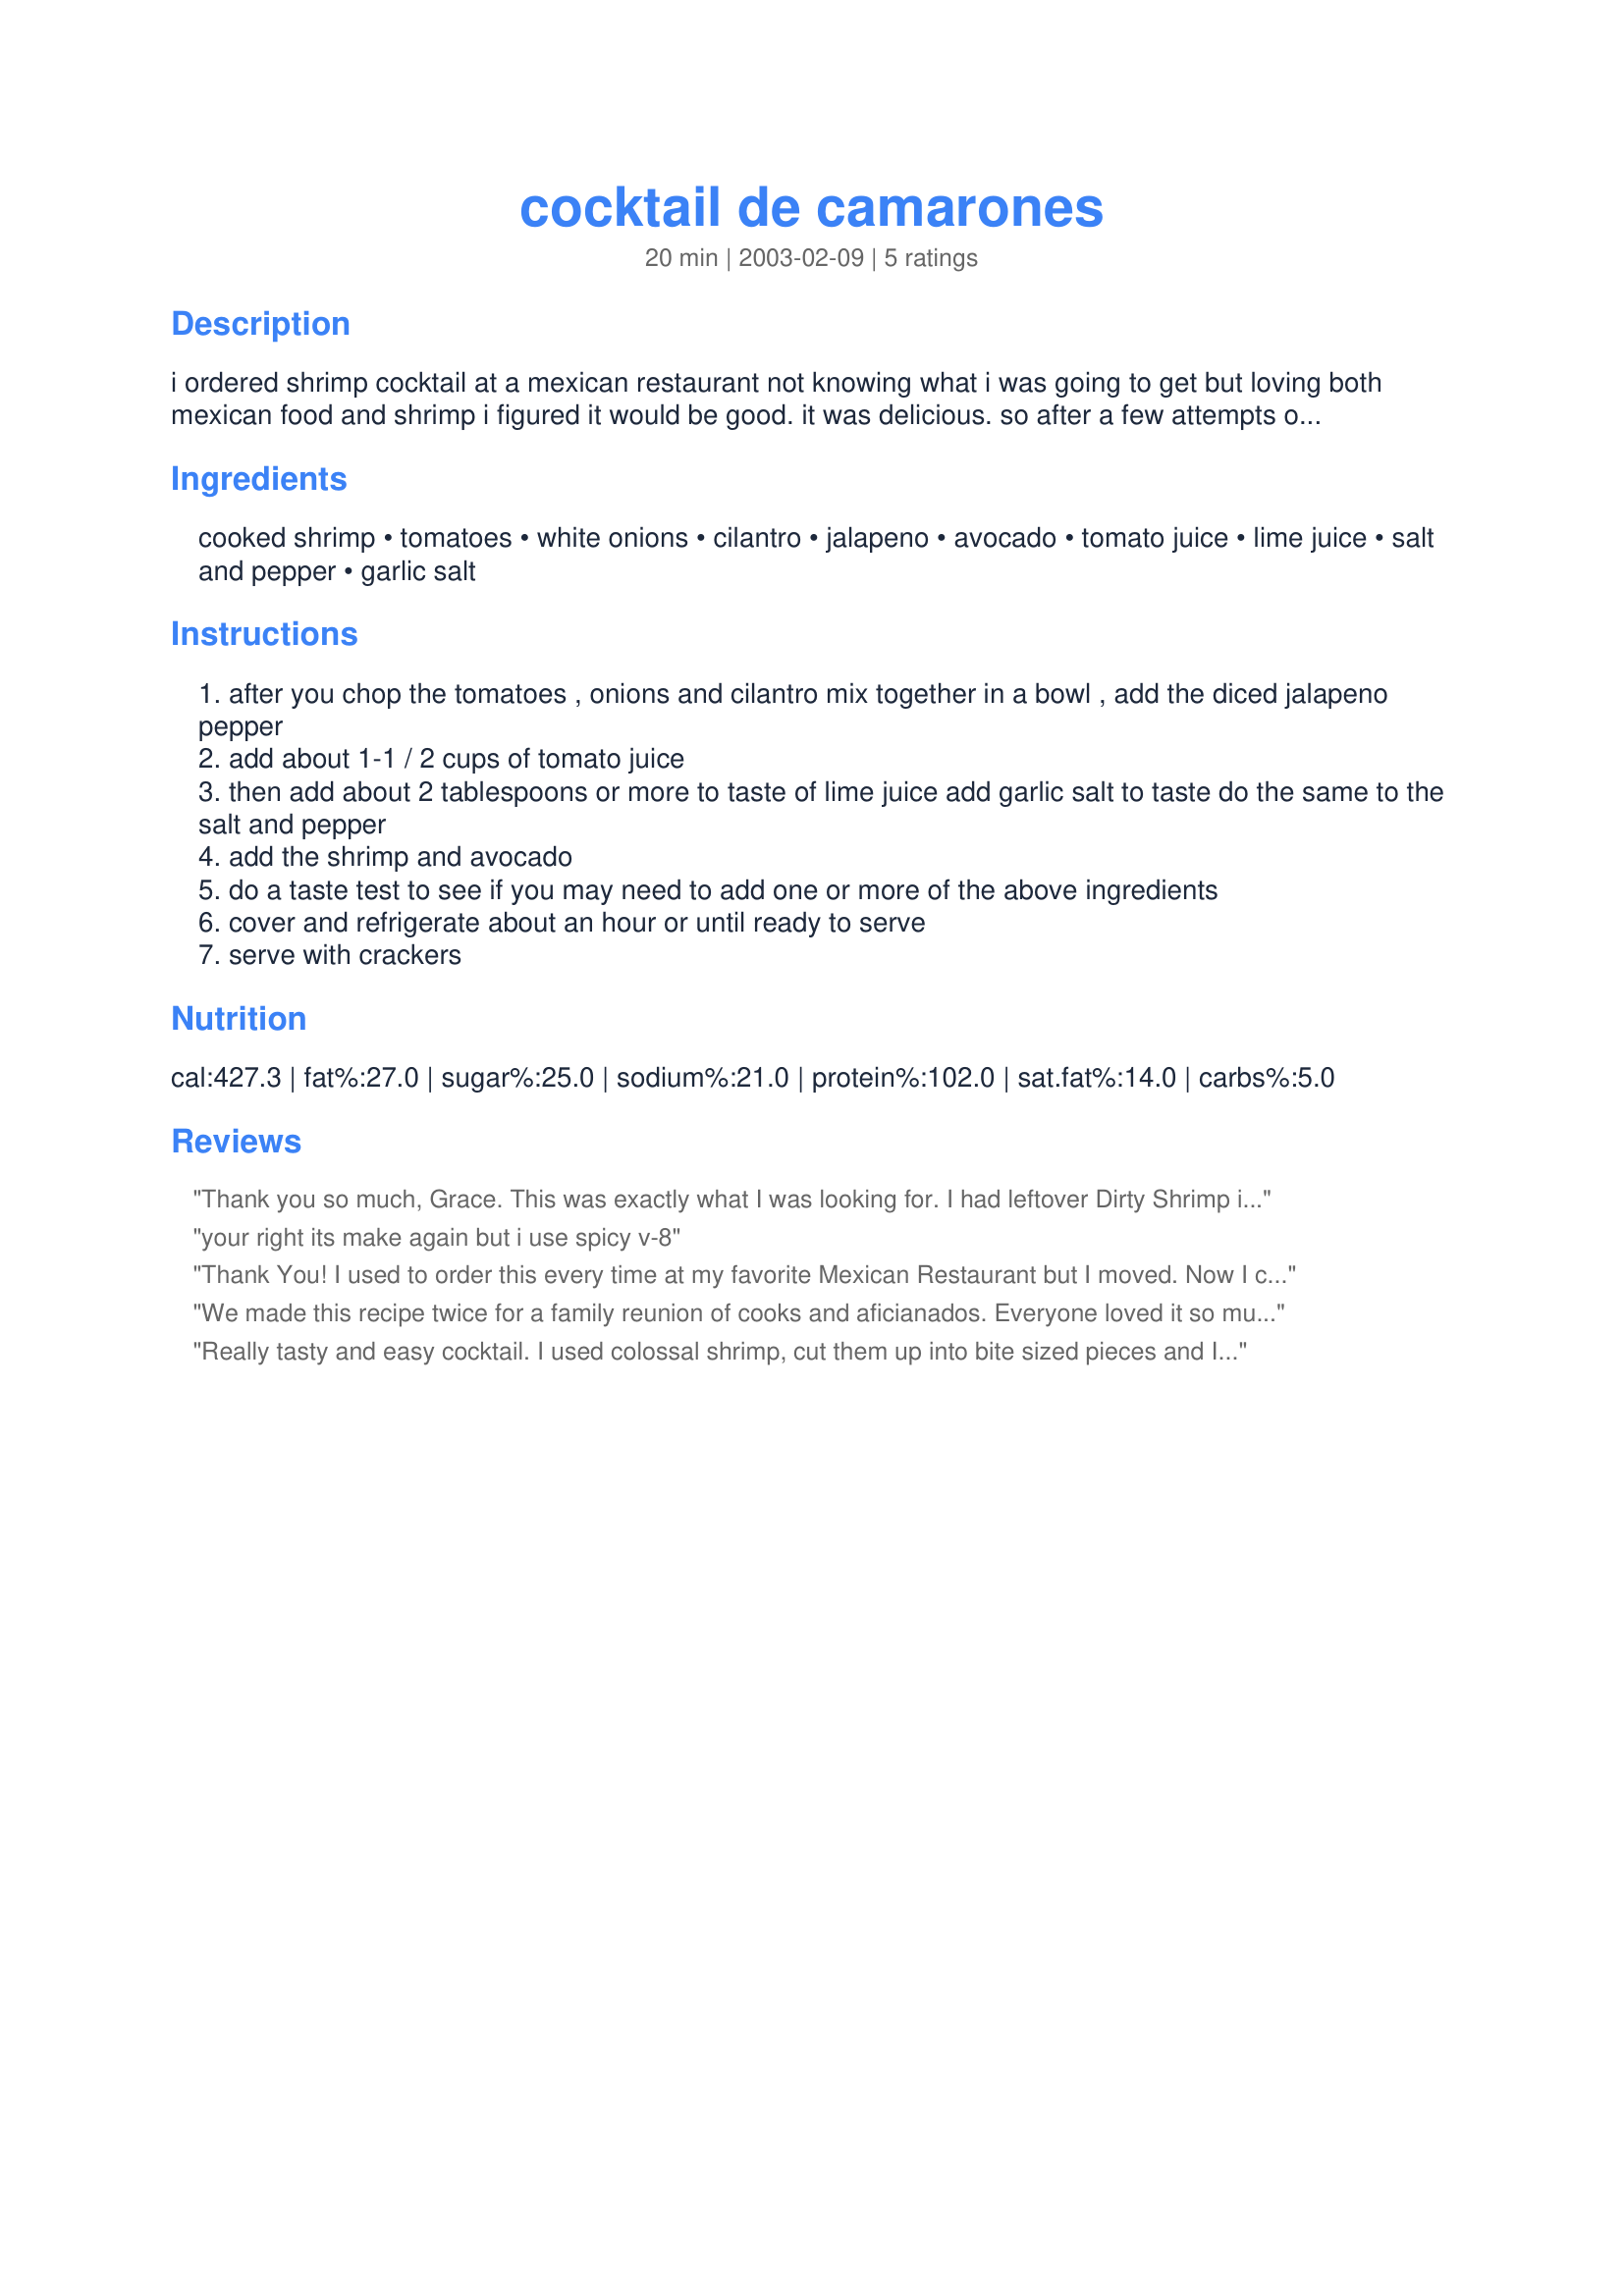
cocktail de camarones
Preparation time: 20 minutes

i ordered shrimp cocktail at a mexican restaurant not knowing what i was going to get but loving both mexican food and shrimp i figured it would be good. it was delicious. so after a few attempts of creating this dish at home i finally got it right, and we have been enjoying it ever since. my boyfriend and i make a meal out of it.

Ingredients:
cooked shrimp, tomatoes, white onions, cilantro, jalapeno, avocado, tomato juice, lime juice, salt and pepper, garlic salt

Steps:
after you chop the tomatoes , onions and cilantro mix together in a bowl , add the diced jalapeno pepper
add about 1-1 / 2 cups of tomato juice
then add about 2 tablespoons or more to taste of lime juice add garlic salt to taste do the same to the salt and pepper
add the shrimp and avocado
do a taste test to see if you may need to add one or more of the above ingredients
cover and refrigerate about an hour or until ready to serve
serve with crackers

Reviews:
Thank you so much, Grace. This was exactly what I was looking for. I had leftover Dirty Shrimp in Beer Butter Sauce (we had gorged ourselves on this), so I rinsed and used them for this recipe. I left out the cilantro (we just can't develop a taste for it), used 2 avocados and 2 jalapenos with seeds. I used Clamato juice since it was all I had and served with Julio's tortilla chips (true restaurant style chips from South Texas). My DH thought it had too much juice, but don't tell him that was the best part, and I drank it in the kitchen. I'm looking for one of the giant margarita or martini glasses to serve it in next time. It was fantastic!
your right its make again but i use spicy v-8
Thank You! I used to order this every time at my favorite Mexican Restaurant but I moved. Now I can make it myself! I made a huge batch with just a couple of changes- used large 4 tomatoes and only 2 Tbsp of red onion finely chopped. Also the Gormet Garden pre-chopped tube of cilantro- it measured pretty much the same as fresh and worked perfectly. Left out the jalepeno (I get it in my eyes every time I try to chop) and just added hot sauce. Oh, and a little Tequila (2 OZ) for a kick. You didn't really taste it but I imagine that it made it better. It was a big hit at my party- I know I will be making it again very soon!
We made this recipe twice for a family reunion of cooks and aficianados. Everyone loved it so much the first time that we had to make it again.
Really tasty and easy cocktail. I used colossal shrimp, cut them up into bite sized pieces and I used red onion, not white or green. I also added 4 minced cloves of elephant garlic( we love it). For the tomato juice I used Clamato. Also added some minced celery for added texture and of course quite a few dashes of tabasco sauce. Didn't use any jalapeno though.
